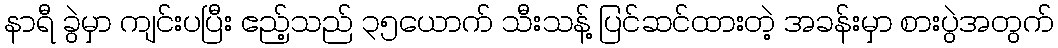
နာရီ ခွဲမှာ ကျင်းပပြီး ဧည့်သည် ၃၅ယောက် သီးသန့် ပြင်ဆင်ထားတဲ့ အခန်းမှာ စားပွဲအတွက်